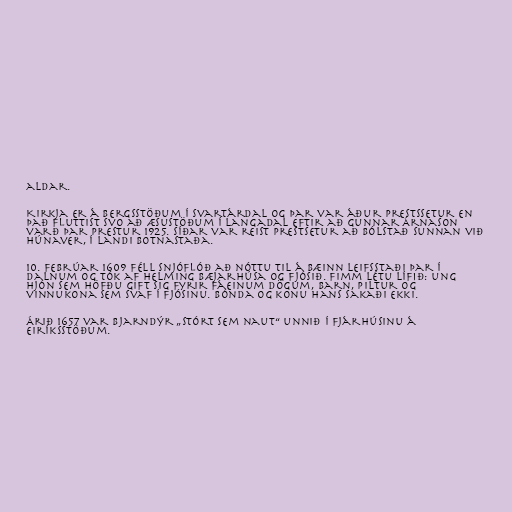
aldar.

Kirkja er á Bergsstöðum í Svartárdal og þar var áður prestssetur en
það fluttist svo að Æsustöðum í Langadal eftir að Gunnar Árnason
varð þar prestur 1925. Síðar var reist prestsetur að Bólstað sunnan við
Húnaver, í landi Botnastaða.

10. febrúar 1609 féll snjóflóð að nóttu til á bæinn Leifsstaði þar í
dalnum og tók af helming bæjarhúsa og fjósið. Fimm létu lífið: ung
hjón sem höfðu gift sig fyrir fáeinum dögum, barn, piltur og
vinnukona sem svaf í fjósinu. Bónda og konu hans sakaði ekki.

Árið 1657 var bjarndýr „stórt sem naut“ unnið í fjárhúsinu á
Eiríksstöðum.